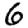
Digit: 6